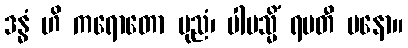
ဒန္ဓံ ဟိ ကရောတော ပုညံ၊ ပါပသ္မိံ ရမတီ မနော။